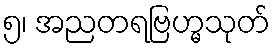
၅၊ အညတရဗြဟ္မသုတ်